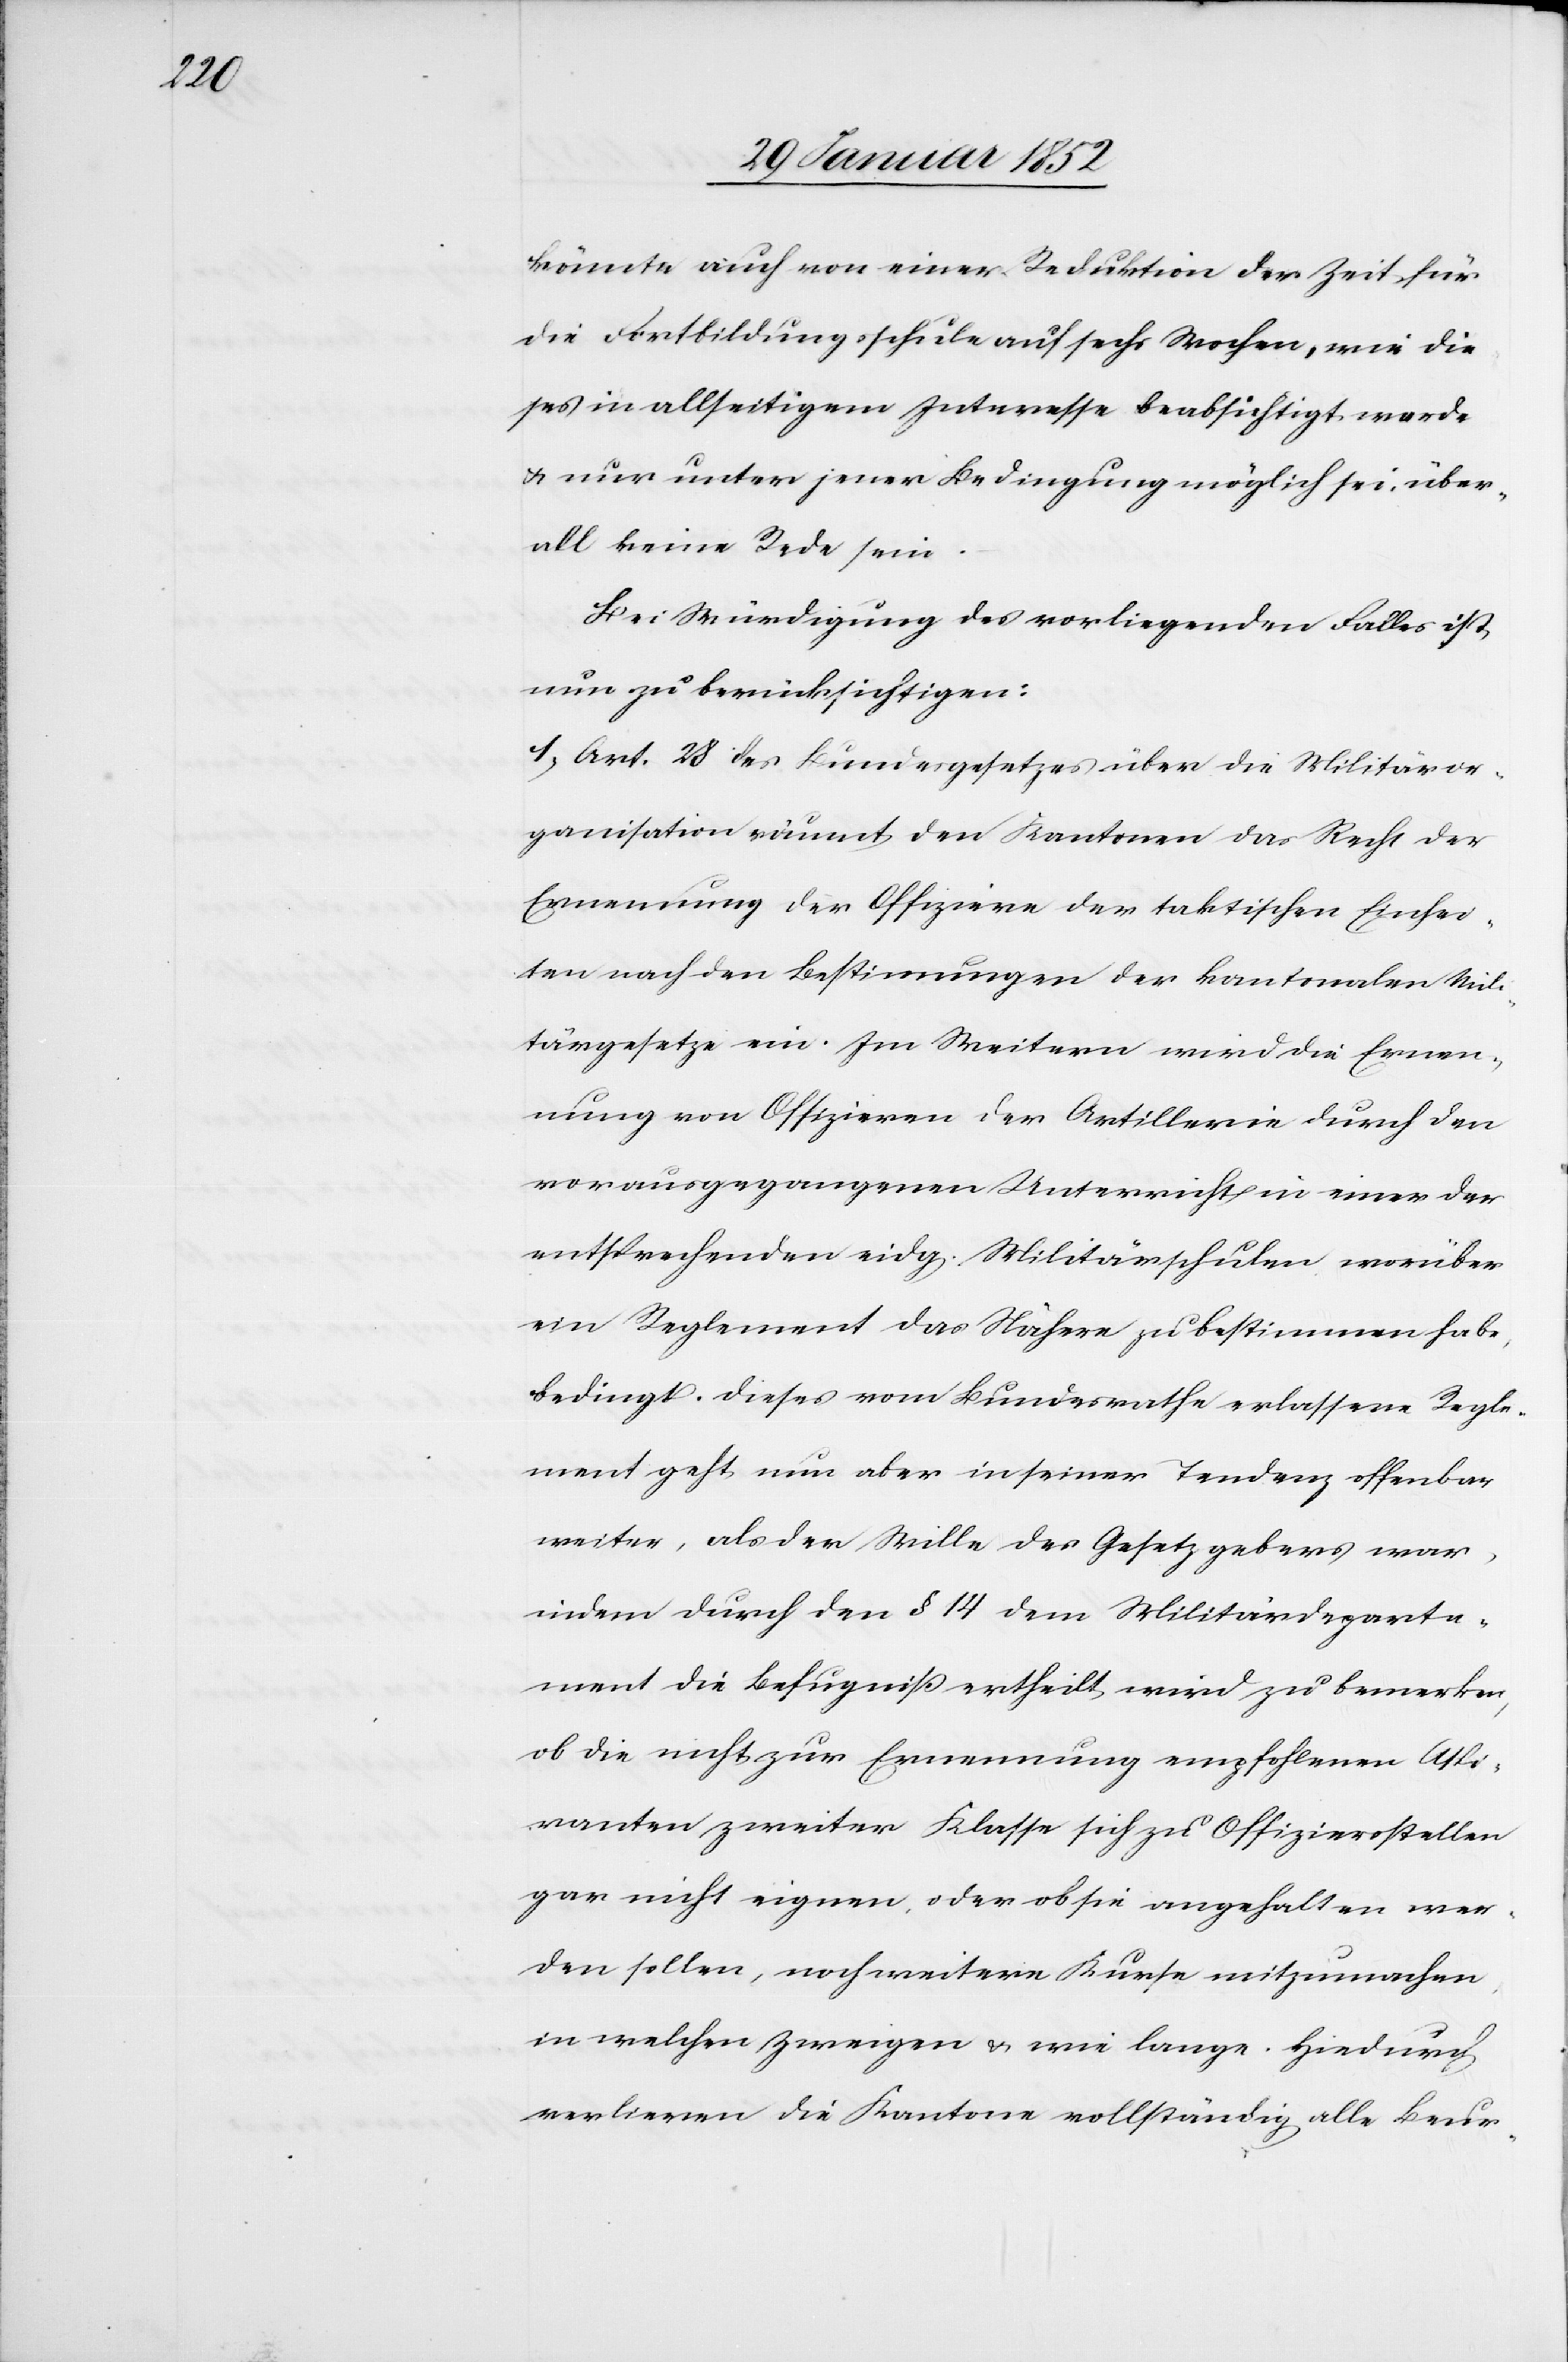
könnte auch von einer Reduktion der Zeit für
die Fortbildungsschule auf sechs Wochen, wie die¬
ses in allseitigem Interesse beabsichtigt wurde
u. nur unter jener Bedingung möglich sei, über¬
all keine Rede sein.
Bei Würdigung des vorliegenden Falles ist
nun zu berücksichtigen:
1) Art. 28 des Bundesgesetzes über die Militäror¬
ganisation räumt den Kantonen das Recht der
Ernennung der Offiziere der taktischen Einhei¬
ten nach den Bestimmungen der kantonalen Mili¬
tärgesetze ein. Im Weitern wird die Ernen¬
nung von Offizieren der Artillerie durch den
vorausgegangenen Unterricht in einer der
entsprechenden eidg. Militärschulen worüber
ein Reglement das Nähere zu bestimmen habe,
bedingt. Dieses vom Bundesrath erlassene Regle¬
ment geht nun aber in seiner Tendenz offenbar
weiter, als der Wille des Gesetzgebers war,
indem durch den § 14 dem Militärdeparte¬
ment die Befugniß ertheilt wird zu bemerken,
ob die nicht zur Ernennung empfohlenen Aspi¬
ranten zweiter Klasse sich zu Offiziersstellen
gar nicht eignen oder ob sie angehalten wer¬
den sollen, noch weitere Kurse mitzumachen
in welchen Zweigen u. wie lange. Hiedurch
verlieren die Kantone vollständig alle Beur-